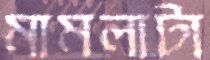
মামলাটা